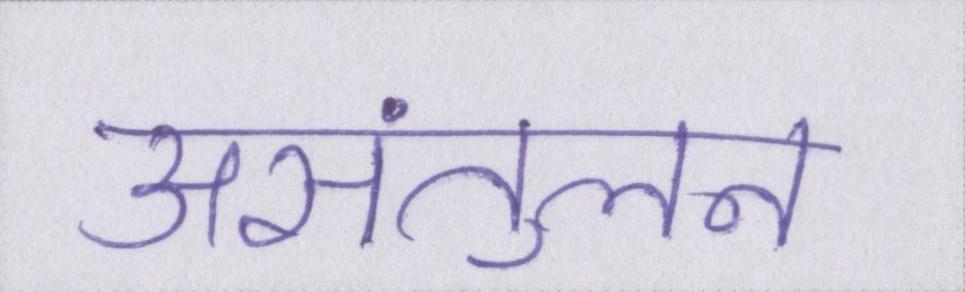
असंतुलन